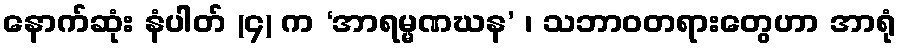
နောက်ဆုံး နံပါတ် (၄) က ‘အာရမ္မဏဃန’ ၊ သဘာဝတရားတွေဟာ အာရုံ